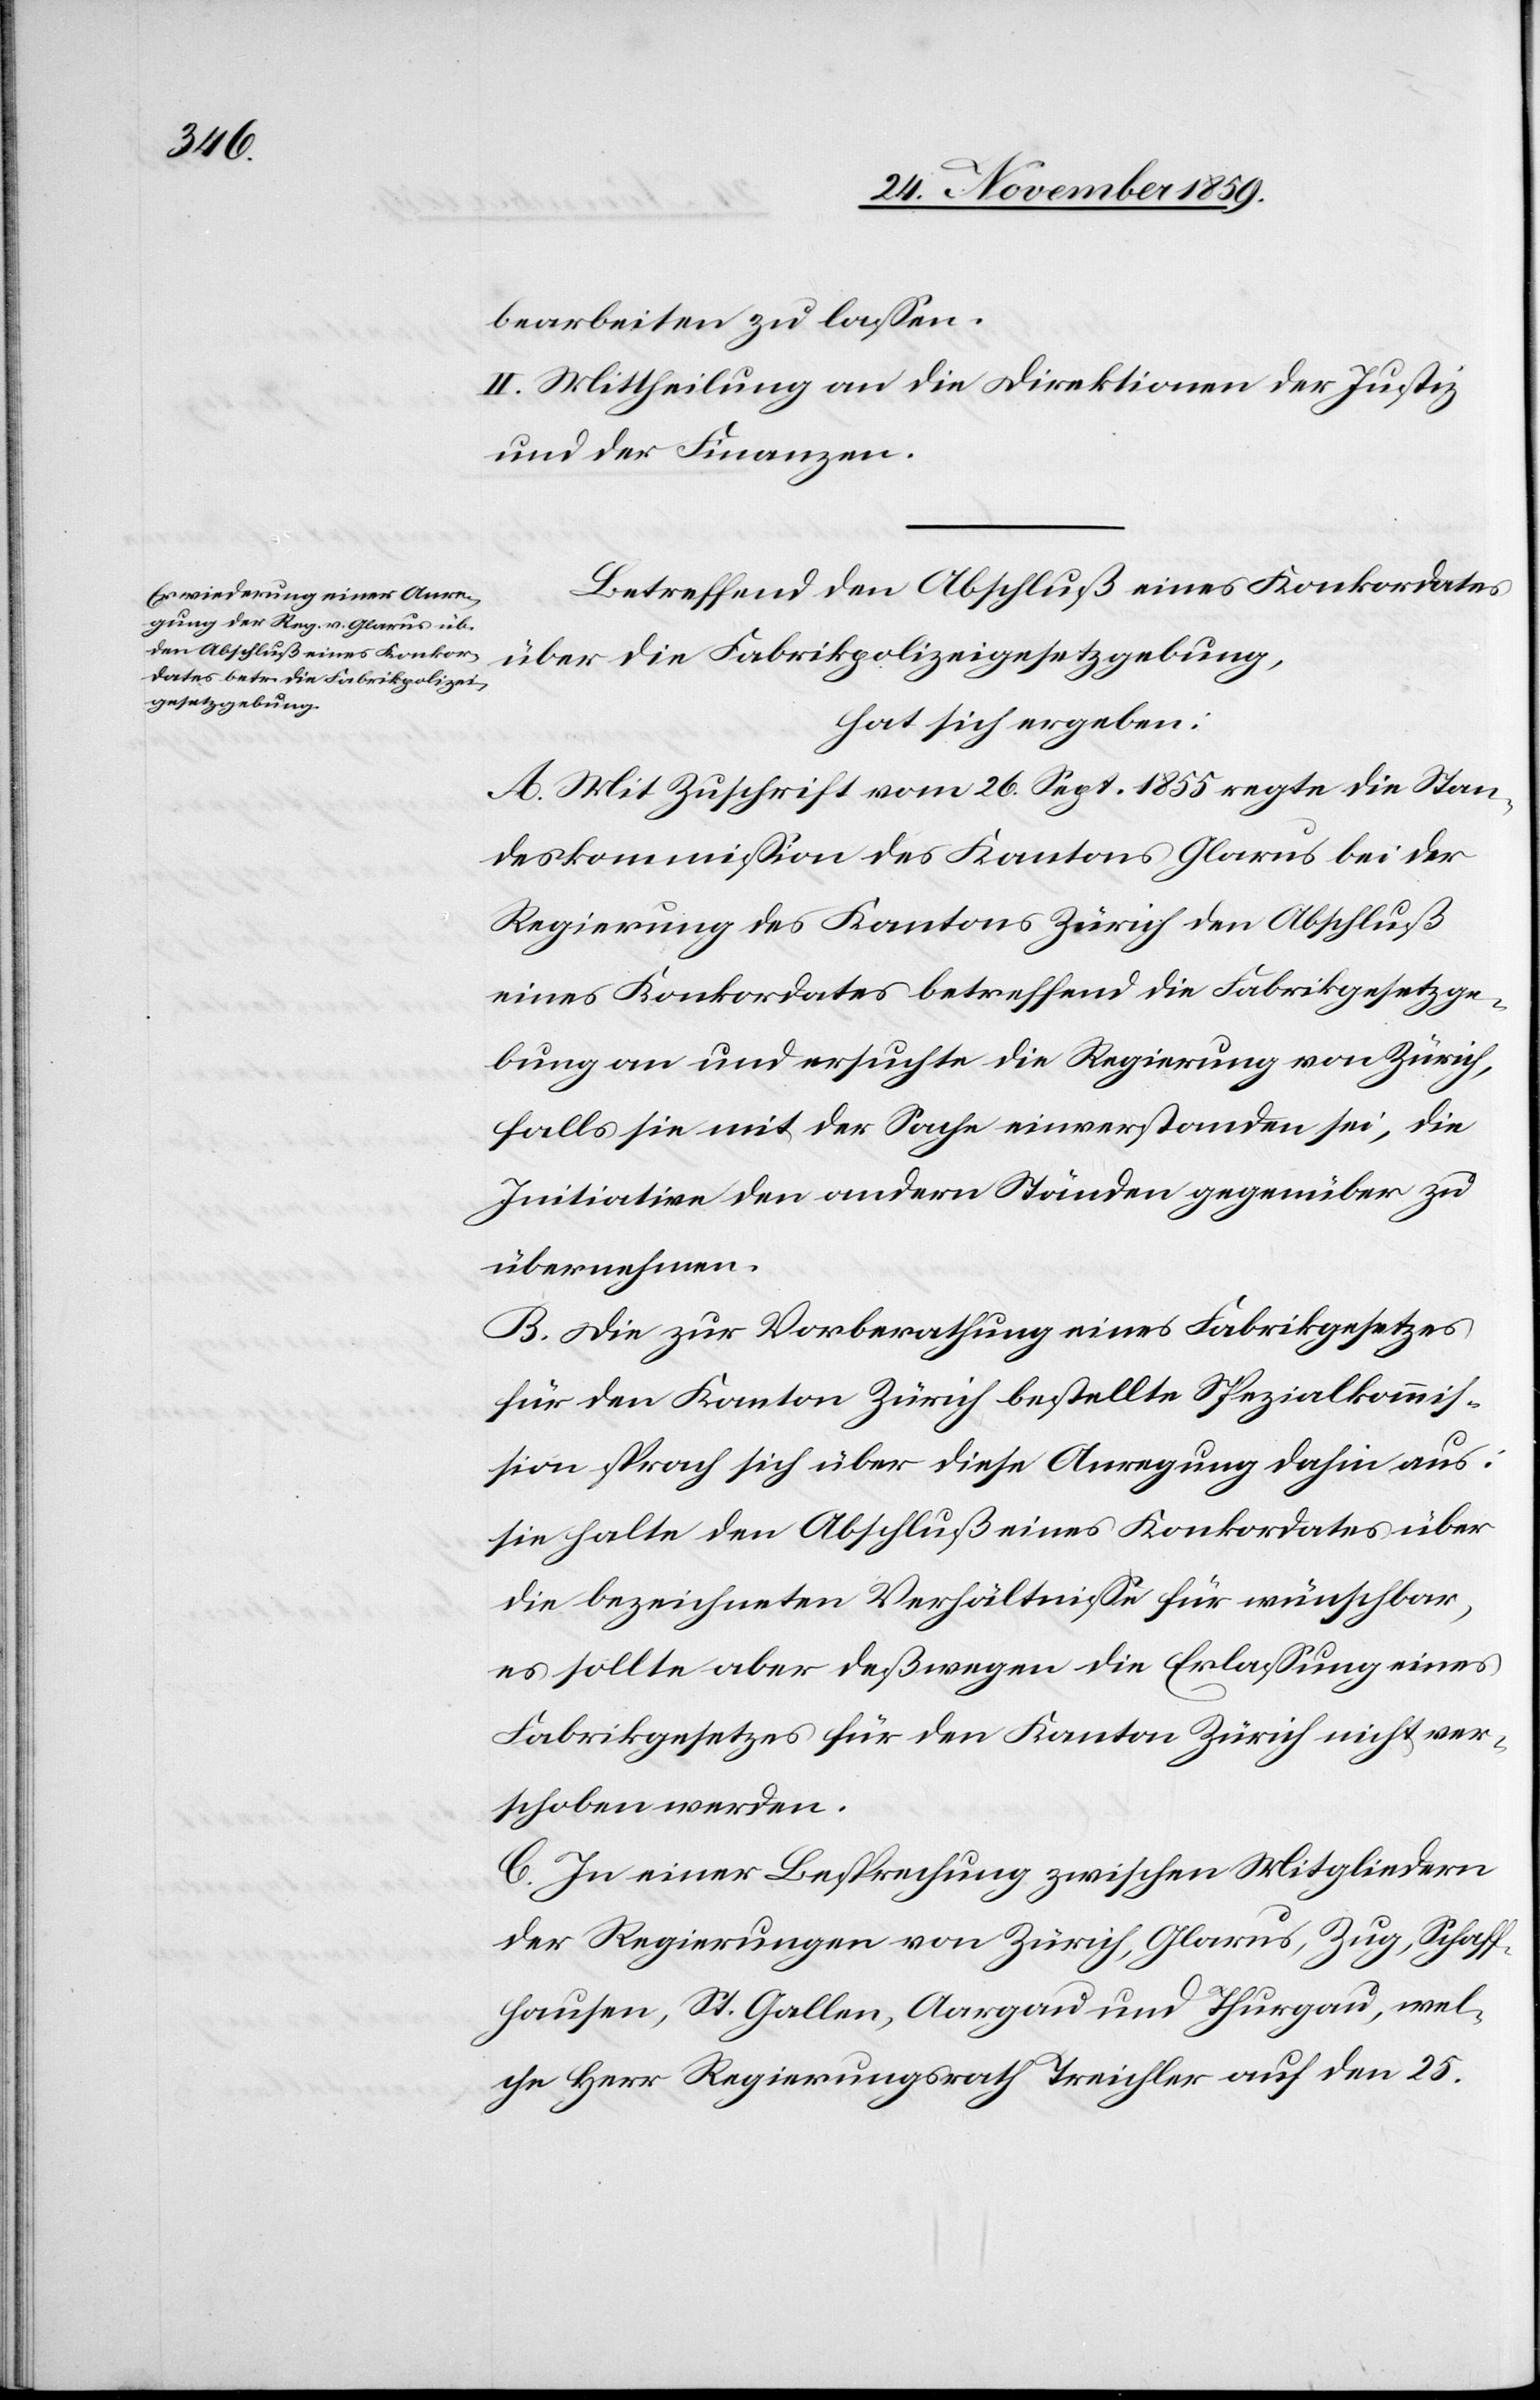
bearbeiten zu lassen.
II. Mittheilung an die Direktionen der Justiz
und der Finanzen.
Betreffend den Abschluß eines Konkordates
über die Fabrikpolizeigesetzgebung,
hat sich ergeben:
A. Mit Zuschrift vom 26. Sept. 1855 regte die Stan¬
deskommission des Kantons Glarus bei der
Regierung des Kantons Zürich den Abschluß
eines Konkordates betreffend die Fabrikgesetzge¬
bung an und ersuchte die Regierung von Zürich,
falls sie mit der Sache einverstanden sei, die
Initiative den andern Ständen gegenüber zu
übernehmen.
B. Die zur Vorberathung eines Fabrikgesetzes
für den Kanton Zürich bestellte Spezialkommis¬
sion sprach sich über diese Anregung dahin aus:
sie halte den Abschluß eines Konkordates über
die bezeichneten Verhältnisse für wünschbar,
es sollte aber deßwegen die Erlassung eines
Fabrikgesetzes für den Kanton Zürich nicht ver¬
schoben werden.
C. In einer Besprechung zwischen Mitgliedern
der Regierungen von Zürich, Glarus, Zug, Schaff¬
hausen, St. Gallen, Aargau und Thurgau, wel¬
che Herr Regierungsrath Treichler auf den 25.